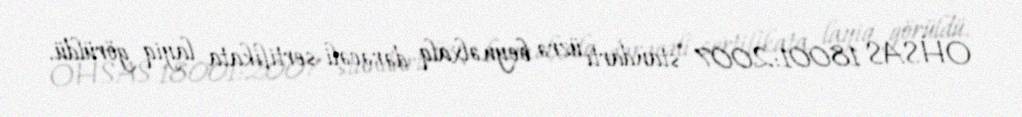
OHSAS 18001:2007 standartı üzrə beynəlxalq dərəcəli sertifikata layiq görüldü.